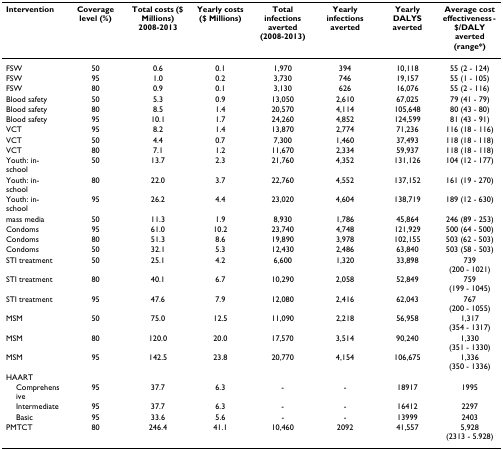
<table><thead><tr><td><b>Intervention</b></td><td><b>Coverage level (%)</b></td><td><b>Total costs ($ Millions) 2008-2013</b></td><td><b>Yearly costs ($ Millions)</b></td><td><b>Total infections averted (2008-2013)</b></td><td><b>Yearly infections averted</b></td><td><b>Yearly DALYS averted</b></td><td><b>Average cost effectiveness - $/DALY averted (range*)</b></td></tr></thead><tbody><tr><td>FSW</td><td>50</td><td>0.6</td><td>0.1</td><td>1,970</td><td>394</td><td>10,118</td><td>55 (2 - 124)</td></tr><tr><td>FSW</td><td>95</td><td>1.0</td><td>0.2</td><td>3,730</td><td>746</td><td>19,157</td><td>55 (1 - 105)</td></tr><tr><td>FSW</td><td>80</td><td>0.9</td><td>0.1</td><td>3,130</td><td>626</td><td>16,076</td><td>55 (2 - 116)</td></tr><tr><td>Blood safety</td><td>50</td><td>5.3</td><td>0.9</td><td>13,050</td><td>2,610</td><td>67,025</td><td>79 (41 - 79)</td></tr><tr><td>Blood safety</td><td>80</td><td>8.5</td><td>1.4</td><td>20,570</td><td>4,114</td><td>105,648</td><td>80 (43 - 80)</td></tr><tr><td>Blood safety</td><td>95</td><td>10.1</td><td>1.7</td><td>24,260</td><td>4,852</td><td>124,599</td><td>81 (43 - 91)</td></tr><tr><td>VCT</td><td>95</td><td>8.2</td><td>1.4</td><td>13,870</td><td>2,774</td><td>71,236</td><td>116 (18 - 116)</td></tr><tr><td>VCT</td><td>50</td><td>4.4</td><td>0.7</td><td>7,300</td><td>1,460</td><td>37,493</td><td>118 (18 - 118)</td></tr><tr><td>VCT</td><td>80</td><td>7.1</td><td>1.2</td><td>11,670</td><td>2,334</td><td>59,937</td><td>118 (18 - 118)</td></tr><tr><td>Youth: in-school</td><td>50</td><td>13.7</td><td>2.3</td><td>21,760</td><td>4,352</td><td>131,126</td><td>104 (12 - 177)</td></tr><tr><td>Youth: in-school</td><td>80</td><td>22.0</td><td>3.7</td><td>22,760</td><td>4,552</td><td>137,152</td><td>161 (19 - 270)</td></tr><tr><td>Youth: in-school</td><td>95</td><td>26.2</td><td>4.4</td><td>23,020</td><td>4,604</td><td>138,719</td><td>189 (12 - 630)</td></tr><tr><td>mass media</td><td>50</td><td>11.3</td><td>1.9</td><td>8,930</td><td>1,786</td><td>45,864</td><td>246 (89 - 253)</td></tr><tr><td>Condoms</td><td>95</td><td>61.0</td><td>10.2</td><td>23,740</td><td>4,748</td><td>121,929</td><td>500 (64 - 500)</td></tr><tr><td>Condoms</td><td>80</td><td>51.3</td><td>8.6</td><td>19,890</td><td>3,978</td><td>102,155</td><td>503 (62 - 503)</td></tr><tr><td>Condoms</td><td>50</td><td>32.1</td><td>5.3</td><td>12,430</td><td>2,486</td><td>63,840</td><td>503 (58 - 503)</td></tr><tr><td>STI treatment</td><td>50</td><td>25.1</td><td>4.2</td><td>6,600</td><td>1,320</td><td>33,898</td><td>739 (200 - 1021)</td></tr><tr><td>STI treatment</td><td>80</td><td>40.1</td><td>6.7</td><td>10,290</td><td>2,058</td><td>52,849</td><td>759 (199 - 1045)</td></tr><tr><td>STI treatment</td><td>95</td><td>47.6</td><td>7.9</td><td>12,080</td><td>2,416</td><td>62,043</td><td>767 (200 - 1055)</td></tr><tr><td>MSM</td><td>50</td><td>75.0</td><td>12.5</td><td>11,090</td><td>2,218</td><td>56,958</td><td>1,317 (354 - 1317)</td></tr><tr><td>MSM</td><td>80</td><td>120.0</td><td>20.0</td><td>17,570</td><td>3,514</td><td>90,240</td><td>1,330 (351 - 1330)</td></tr><tr><td>MSM</td><td>95</td><td>142.5</td><td>23.8</td><td>20,770</td><td>4,154</td><td>106,675</td><td>1,336 (350 - 1336)</td></tr><tr><td>HAART</td><td></td><td></td><td></td><td></td><td></td><td></td><td></td></tr><tr><td> Comprehensive</td><td>95</td><td>37.7</td><td>6.3</td><td>-</td><td>-</td><td>18917</td><td>1995</td></tr><tr><td> Intermediate</td><td>95</td><td>37.7</td><td>6.3</td><td>-</td><td>-</td><td>16412</td><td>2297</td></tr><tr><td> Basic</td><td>95</td><td>33.6</td><td>5.6</td><td>-</td><td>-</td><td>13999</td><td>2403</td></tr><tr><td>PMTCT</td><td>80</td><td>246.4</td><td>41.1</td><td>10,460</td><td>2092</td><td>41,557</td><td>5,928 (2313 - 5.928)</td></tr></tbody></table>